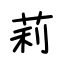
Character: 莉